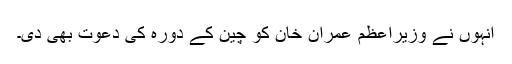
انہوں نے وزیراعظم عمران خان کو چین کے دورہ کی دعوت بھی دی۔